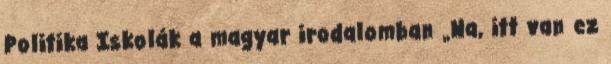
Politika Iskolák a magyar irodalomban „Na, itt van ez